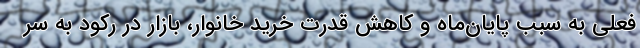
فعلی به سبب پایان‌ماه و کاهش قدرت خرید خانوار، بازار در رکود به سر